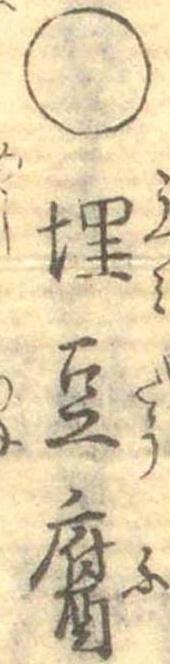
○埋豆腐